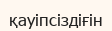
қауіпсіздіғін